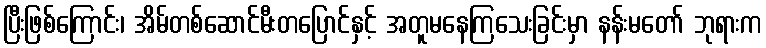
ပြီးဖြစ်ကြောင်း၊ အိမ်တစ်ဆောင်မီးတပြောင်နှင့် အတူမနေကြသေးခြင်းမှာ နန်းမတော် ဘုရားက